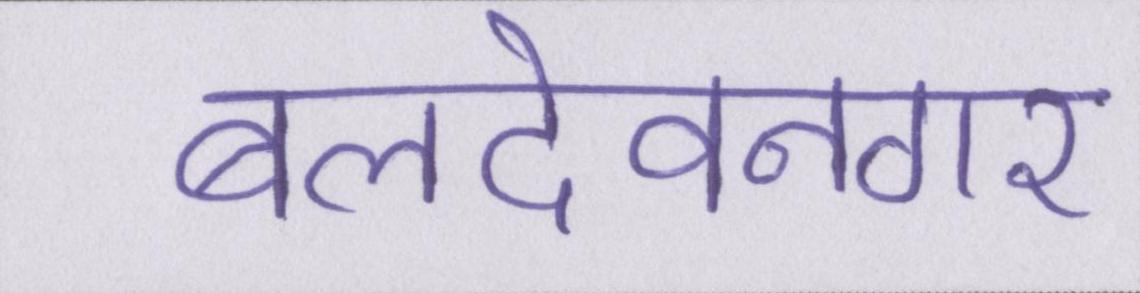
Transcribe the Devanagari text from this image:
बलदेवनगर